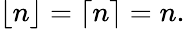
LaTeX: \lfloor n\rfloor=\lceil n\rceil=n.